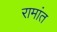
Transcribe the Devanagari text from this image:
रामांत